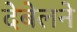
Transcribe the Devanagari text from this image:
देबेलने